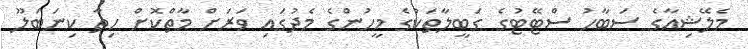
މެލޭޝިއާގެ ސަބާހު ސްޓޭޓުގެ ގަބީލާތަކުގެ މީހުންގެ މެދުގައި ވަރަށް މާތްކޮށް ހިތާ ކިނަބަލޫ